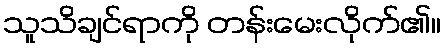
သူသိချင်ရာကို တန်းမေးလိုက်၏။